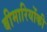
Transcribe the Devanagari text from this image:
बीमारियोंकी